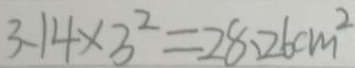
3 . 1 4 \times 3 ^ { 2 } = 2 8 . 2 6 c m ^ { 2 }